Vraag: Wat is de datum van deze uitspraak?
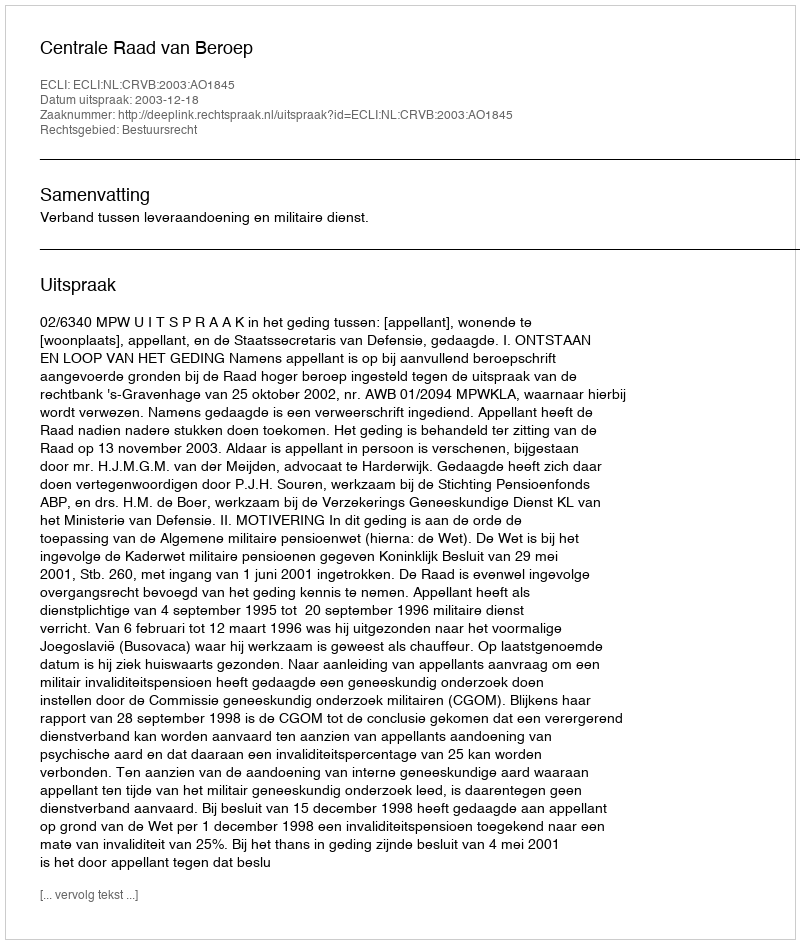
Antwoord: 2003-12-18